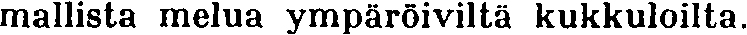
mallista melua ympäröiviltä kukkuloilta.